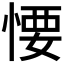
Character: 𢞅